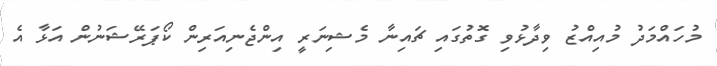
މުހައްމަދު މުއިއްޒު ވިދާޅުވި ގޮތުގައި ޗައިނާ މެޝިނަރީ އިންޖެނިއަރިން ކޯޕަރޭޝަނުން އަޅާ އެ